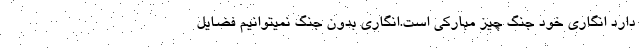
دارد انگاری خود جنگ چیز مبارکی است.انگاری بدون جنگ نمیتوانیم فضایل